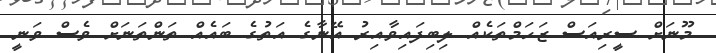
މޫނަށް ސީރިއަސް ޒަހަމްތަކެއް ލިބިފައިވާއިރު އޭނާގެ އަތުގެ ބައެއް ތަންތަނަށް ވެސް ވަނީ